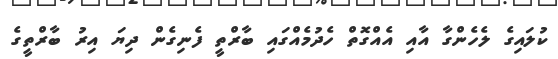
ކުލައިގެ ލެހެންގާ އާއި އެއްގޮތް ހެދުމެއްގައި ބާރްތީ ފެނިގެން ދިޔަ އިރު ބާރްތީގެ